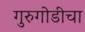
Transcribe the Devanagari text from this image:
गुरुगोडीचा